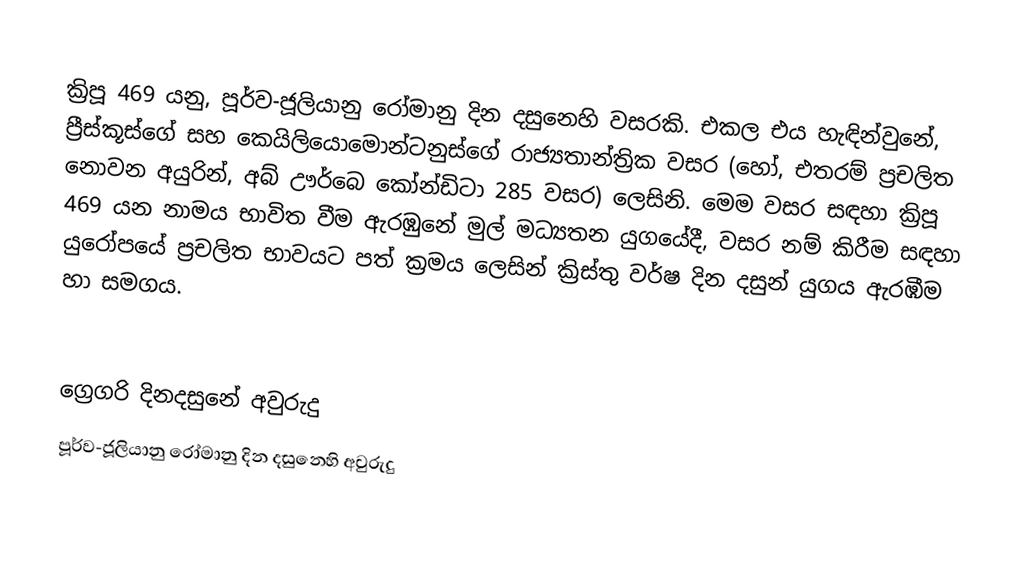

ක්‍රිපූ 469 යනු, පූර්ව-ජූලියානු රෝමානු දින දසුනෙහි වසරකි. එකල එය හැඳින්වුනේ, ප්‍රීස්කූස්ගේ සහ කෙයිලියොමොන්ටනුස්ගේ රාජ්‍යතාන්ත්‍රික වසර (හෝ, එතරම් ප්‍රචලිත නොවන අයුරින්, අබ් ඌර්බෙ කෝන්ඩිටා 285 වසර) ලෙසිනි. මෙම වසර සඳහා ක්‍රිපූ 469 යන නාමය භාවිත වීම ඇරඹුනේ මුල්  මධ්‍යතන යුගයේදී, වසර නම් කිරීම සඳහා යුරෝපයේ ප්‍රචලිත භාවයට පත් ක්‍රමය ලෙසින් ක්‍රිස්තු වර්ෂ දින දසුන් යුගය ඇරඹීම හා සමගය.

ග්‍රෙගරි දිනදසුනේ අවුරුදු
පූර්ව-ජූලියානු රෝමානු දින දසුනෙහි අවුරුදු